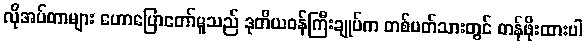
လိုအပ်တာများ ဟောပြောတော်မူသည် ဒုတိယဝန်ကြီးချုပ်က တစ်ပတ်သားတွင် တန်ဖိုးထားပါ